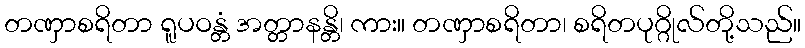
တဏှာစရိတာ ရူပဝန္တံ အတ္တာနန္တိ၊ ကား။ တဏှာစရိတာ၊ စရိတပုဂ္ဂိုလ်တို့သည်။